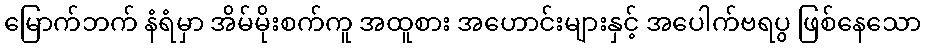
မြောက်ဘက် နံရံမှာ အိမ်မိုးစက်ကူ အထူစား အဟောင်းများနှင့် အပေါက်ဗရပွ ဖြစ်နေသော